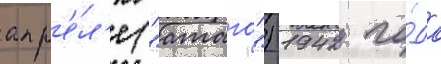
апр'е́л'е ("атаго") 1942 го́да